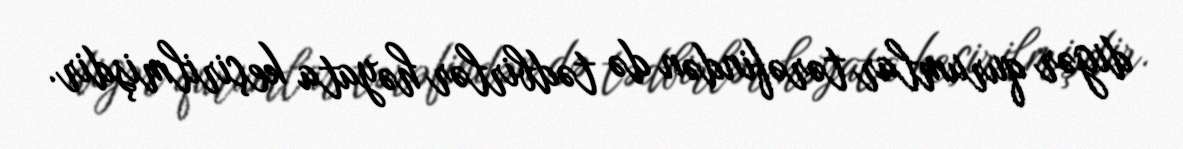
digər qurumlar tərəfindən də tədbirlər həyata keçirilmişdir.